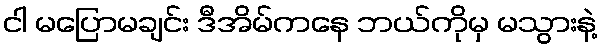
ငါ မပြောမချင်း ဒီအိမ်ကနေ ဘယ်ကိုမှ မသွားနဲ့